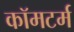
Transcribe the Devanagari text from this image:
कॉमटर्म